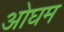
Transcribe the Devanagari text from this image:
ओघम